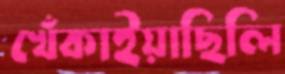
খেঁকাইয়াছিলি